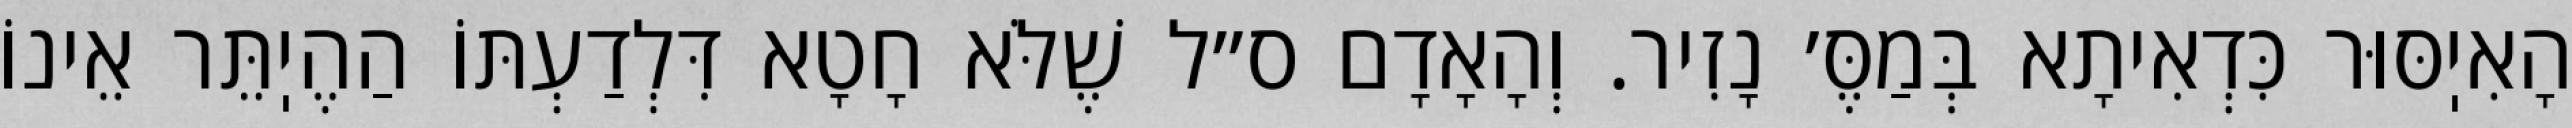
הָאִיֽסּוּר כִּדְאִיתָא בְּמַסֶּ׳ נָזִיר. וְהָאָדָם ס״ל שֶׁלֹּא חָטָא דִּלְדַעְתּוֹ הַהֶיֽתֵּר אֵינוֹ